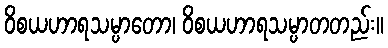
ဝိစယဟာရသမ္ပာတော၊ ဝိစယဟာရသမ္ပာတတည်း။